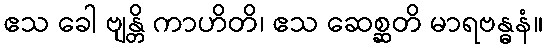
ဧသ ခေါ ဗျန္တိ ကာဟိတိ၊ ဧသ ဆေစ္ဆတိ မာရဗန္ဓနံ။